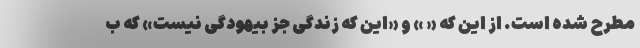
مطرح شده است. از این که « » و «این که زندگی جز بیهودگی نیست» که ب